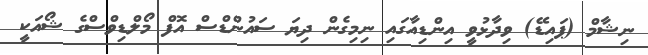
ނިޝާމް (ޕައިޑޭ) ވިދާޅުވީ އިންޑިއާގައި ނިމިގެން ދިޔަ ސައުންޑްސް އޮފް މޯލްޑިވްސްގެ ޝޯއަކީ